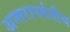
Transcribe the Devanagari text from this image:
अन्तरापर्वतीय